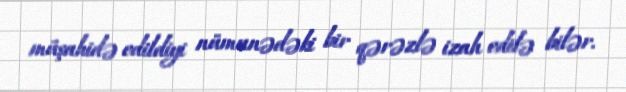
müşahidə edildiyi nümunədəki bir qərəzlə izah edilə bilər.